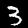
Digit: 3